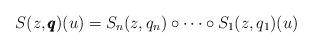
LaTeX: \begin{align*} S(z,\pmb{q})(u) = S_{n}(z,q_{n}) \circ \dots \circ S_1(z,q_1)(u)\end{align*}